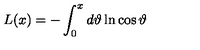
L ( x ) = - \int _ { 0 } ^ { x } d \vartheta \ln \cos \vartheta